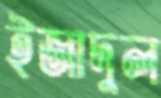
ইজাদুল